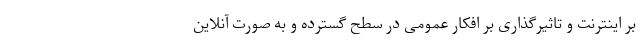
بر اینترنت و تاثیرگذاری بر افکار عمومی در سطح گسترده و به صورت آنلاین